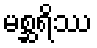
မစ္ဆရိဿ